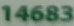
14683